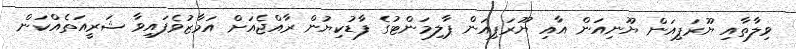
ވިލާތާއި ޔޫރަޕިއަން ޔޫނިއަން އާއި ޔޫރަޕިއަން ޕާލިމަންޓުގެ ފާޑުކިޔުން ރާއްޖެއަށް އަމާޒުވެފައިވާ ޝަރީއަތެއްކަން